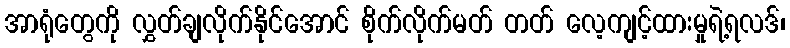
အာရုံတွေကို လွှတ်ချလိုက်နိုင်အောင် စိုက်လိုက်မတ် တတ် လေ့ကျင့်ထားမှုရဲ့ရလဒ်၊